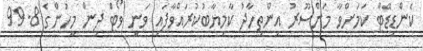
ކެންޑިޑޭޓް ކަމަށްވާ މަންސޫރު އިންތިހާދު ކާމިޔާބުކުރައްވާފައި ވަނީ ވޯޓް ދިން މީހުންގެ 99.8